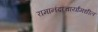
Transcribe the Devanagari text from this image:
रामानंदाचार्यांमधील